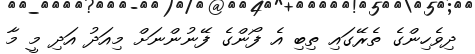
ދިވެހިންގެ ތެރޭގައި ތިބި އެ ފޯންގެ ފޭނުންނަށް މިއަދު އަދި މީ މާ